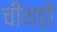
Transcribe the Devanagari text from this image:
चीथड़ों